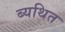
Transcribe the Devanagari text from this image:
ब्यथित